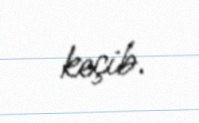
keçib.